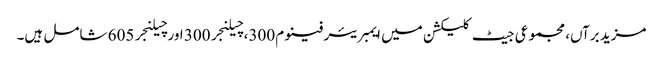
مزید برآں، مجموعی جیٹ کلیکشن میں ایمبریئر فینوم 300، چیلنجر 300 اور چیلنجر 605 شامل ہیں۔